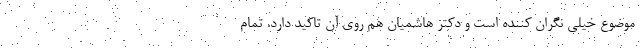
موضوع خیلی نگران کننده است و دکتر هاشمیان هم روی آن تاکید دارد. تمام